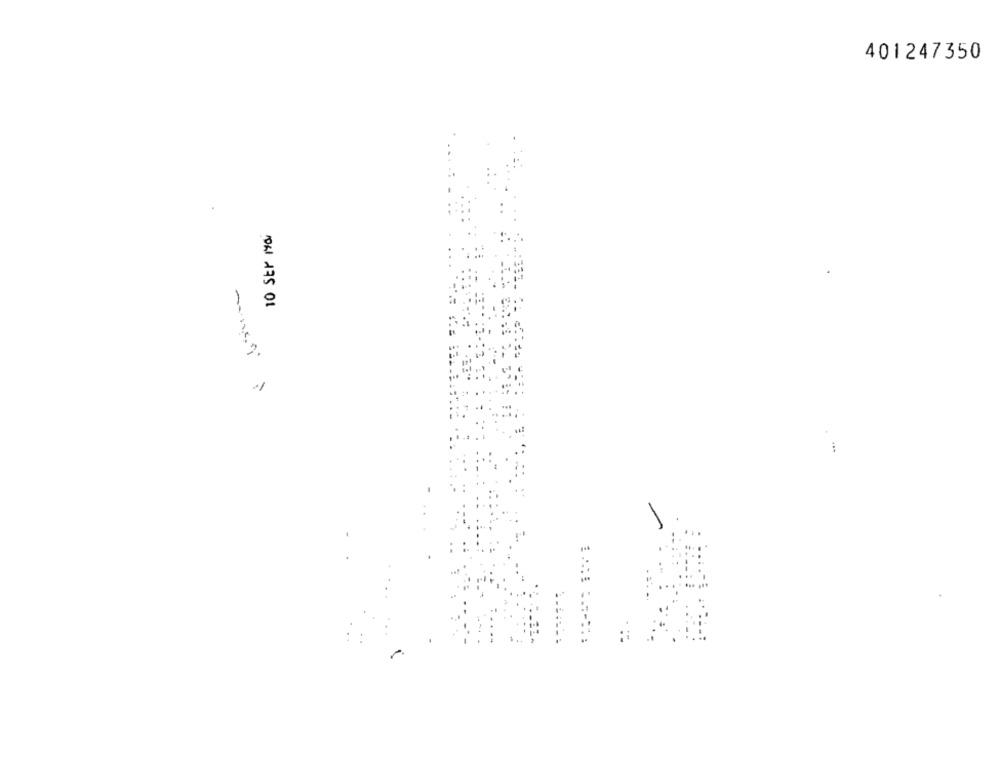
401247350
10 Str Ma